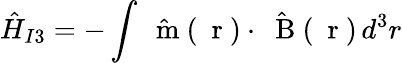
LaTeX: \hat{H}_{I3}=-\int\hat{\mathrm{~\mathbf~m~}}(\mathrm{~\mathbf~r~})\cdot\hat{\mathrm{~\mathbf~B~}}(\mathrm{~\mathbf~r~})\, d^{3}r